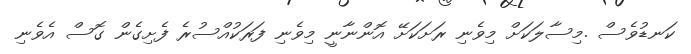
ކަނޑުވެސް .މިސާލަކަށް މިވެނި ރަށަކަށޭ އޮންނާނީ މިވެނި ފަރަކުއްސުރެ ފެށިގެން ގޮސް އެވެނި